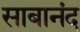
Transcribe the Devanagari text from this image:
साबानंद